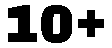
10+